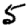
Digit: 5